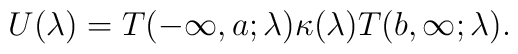
U(\lambda) = T(-\infty, a; \lambda)\kappa(\lambda)T(b, \infty; \lambda).